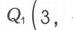
\(Q_{1}(3,\)